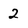
Character: 2